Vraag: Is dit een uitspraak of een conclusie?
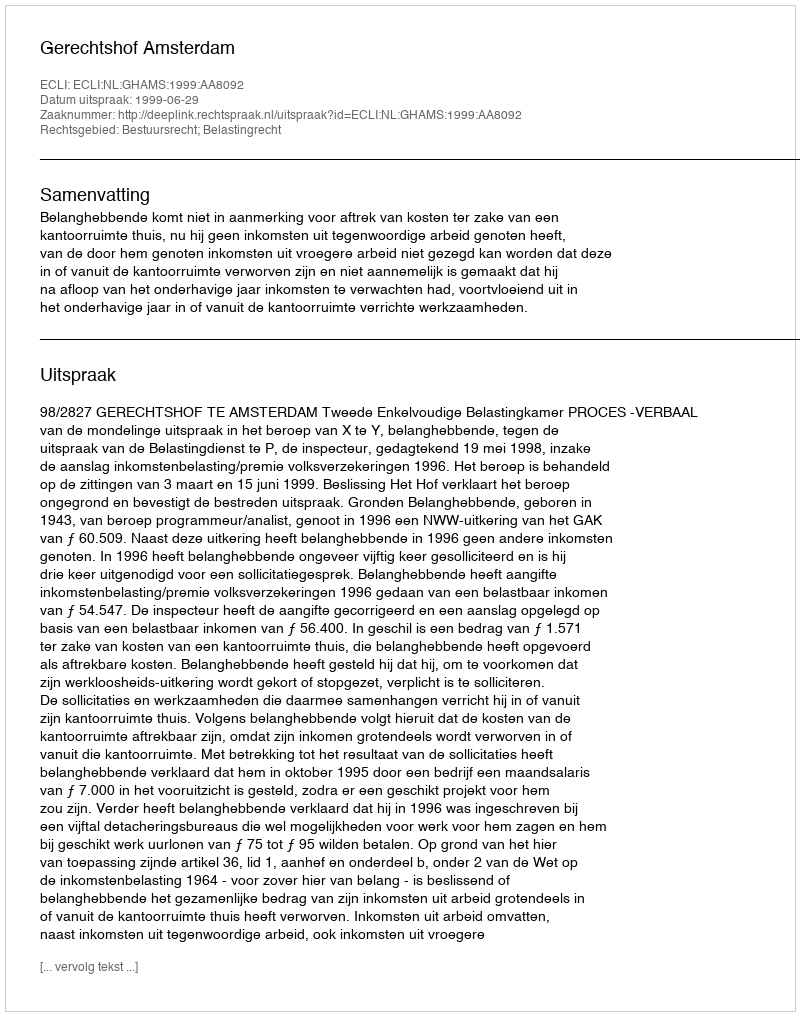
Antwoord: Uitspraak